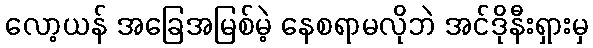
လော့ယန် အခြေအမြစ်မဲ့ နေစရာမလိုဘဲ အင်ဒိုနီးရှားမှ